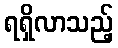
ရရှိလာသည့်